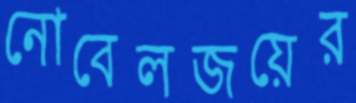
নোবেলজয়ের